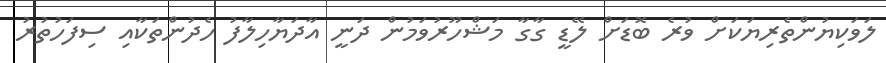
ލަވަކިޔުންތެރިޔަކަށް ވުރެ ބޮޑަށް ލޭޑީ ގާގާ މަޝްހޫރުވަމުން ދަނީ އާދަޔާހިލާފު ހެދުންތަކާއި ސިފަހުތުރު